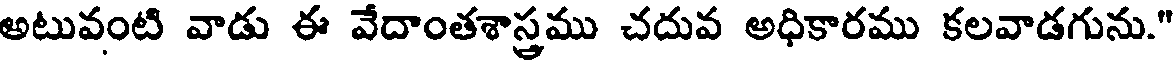
అటువంటి వాడు ఈ వేదాంతశాస్త్రము చదువ అధికారము కలవాడగును."